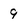
Character: 9